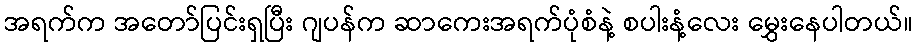
အရက်က အတော်ပြင်းရှပြီး ဂျပန်က ဆာကေးအရက်ပုံစံနဲ့ စပါးနံ့လေး မွှေးနေပါတယ်။